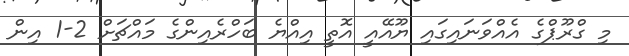
މި ގްރޫޕްގެ އެއްވަނައިގައި ޔޫއޭއީ އޮތީ އިއްޔެ ބަހްރެއިންގެ މައްޗަށް 2-1 އިން